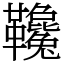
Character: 䪌